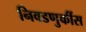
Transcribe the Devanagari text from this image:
निवडणुकींस